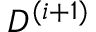
D ^ { ( i + 1 ) }